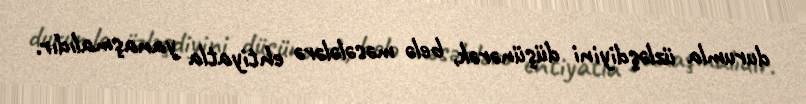
durumla üzləşdiyini düşünərək, belə məsələlərə ehtiyatla yanaşmalıdır.